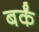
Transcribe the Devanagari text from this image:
बर्कं